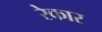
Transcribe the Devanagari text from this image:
रेकार